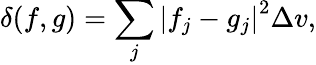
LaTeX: \delta(f,g)=\sum_{j}\left|f_{j}-g_{j}\right|^{2}\Delta v,